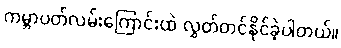
ကမ္ဘာပတ်လမ်းကြောင်းထဲ လွှတ်တင်နိုင်ခဲ့ပါတယ်။